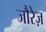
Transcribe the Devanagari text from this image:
जौरेज़